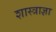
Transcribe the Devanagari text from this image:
शास्त्राज्ञा